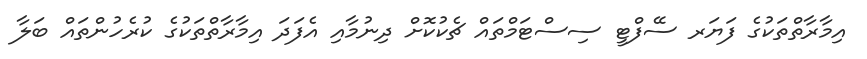
އިމާރާތްތަކުގެ ފަޔަރ ސޭފްޓީ ސިސްޓަމްތައް ޗެކުކޮށް ދިނުމާއި އެފަދަ އިމާރާތްތަކުގެ ކުރެހުންތައް ބަލާ